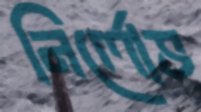
নির্লোভ